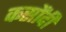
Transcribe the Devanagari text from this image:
कसौंदी